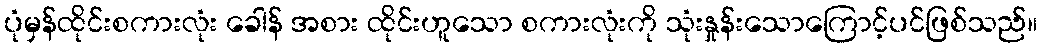
ပုံမှန်ထိုင်းစကားလုံး ခေါန် အစား ထိုင်းဟူသော စကားလုံးကို သုံးနှုန်းသောကြောင့်ပင်ဖြစ်သည်။